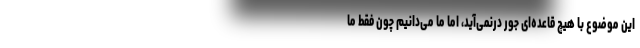
این موضوع با هیچ قاعده‌ای جور درنمی‌آید، اما ما می‌دانیم چون فقط ما